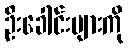
ဦးခေါင်းများကို